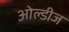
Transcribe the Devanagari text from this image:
ओल्डीज